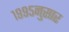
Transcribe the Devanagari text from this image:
१९९५नुसार